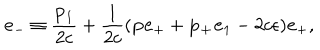
{ \bf e } _ { - } \equiv \frac { { \bf p } _ { 1 } } { 2 c } + \frac { 1 } { 2 c } ( { \bf p } { \bf e } _ { + } + { \bf p _ { + } } { \bf e } _ { 1 } - 2 c \epsilon ) { \bf e } _ { + } ,